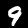
Label: 9